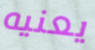
يعنيه